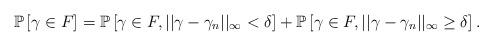
LaTeX: \begin{align*}\mathbb{P}\left[\gamma \in F\right] = \mathbb{P}\left[\gamma\in F, ||\gamma-\gamma_{n}||_{\infty} < \delta \right] + \mathbb{P}\left[\gamma\in F, ||\gamma-\gamma_{n}||_{\infty} \ge \delta \right].\end{align*}